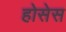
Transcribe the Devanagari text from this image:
होसेस